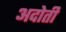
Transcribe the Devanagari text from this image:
अदोती